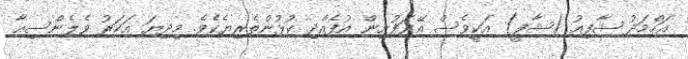
އަހްމަދު ޝާފިއު (ޝާފީ) އަކީވެސް އޭދަފުށިން އުފެއްދި ކުޅުންތެރިޔެކެވެ. މިދިޔަ އަހަރު ވެލެންސިއާ